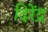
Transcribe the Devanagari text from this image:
दिरेंद्र